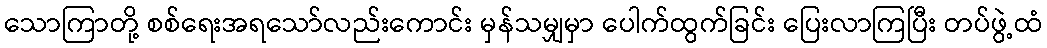
သောကြာတို့ စစ်ရေးအရသော်လည်းကောင်း မှန်သမျှမှာ ပေါက်ထွက်ခြင်း ပြေးလာကြပြီး တပ်ဖွဲ့ထံ